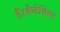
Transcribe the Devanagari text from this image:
है।कैटेचिस्म